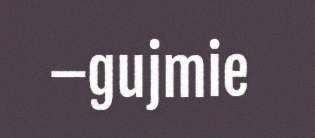
–gujmie